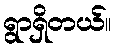
ရွာရှိတယ်။